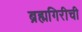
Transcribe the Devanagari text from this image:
ब्रह्मगिरीची